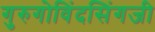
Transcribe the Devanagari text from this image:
गुरुगोविंदसिंगजी